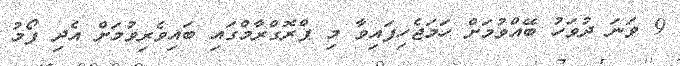
9 ވަނަ ދުވަހު ބޭއްވުމަށް ހަމަޖެހިފައިވާ މި ޕްރޮގްރާމްގައި ބައިވެރިވުމަށް އެދި ފޯމު